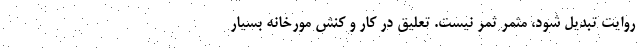
روایت تبدیل شود، مثمر ثمر نیست. تعلیق در کار و کنش مورخانه بسیار